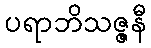
ပရာဘိသဇ္ဇနီ